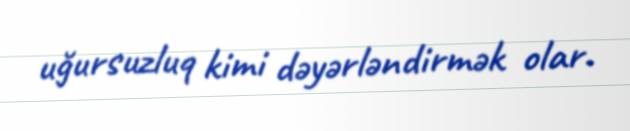
uğursuzluq kimi dəyərləndirmək olar.